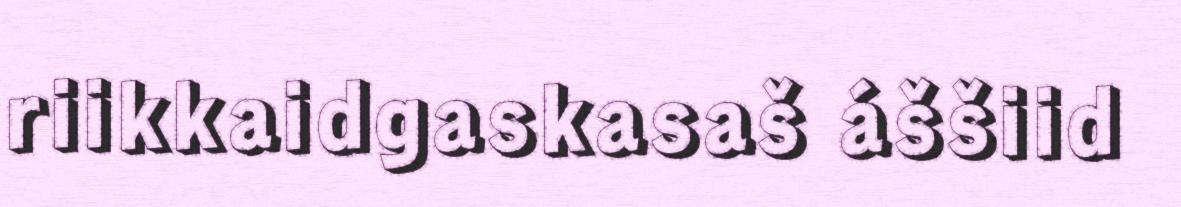
riikkaidgaskasaš áššiid